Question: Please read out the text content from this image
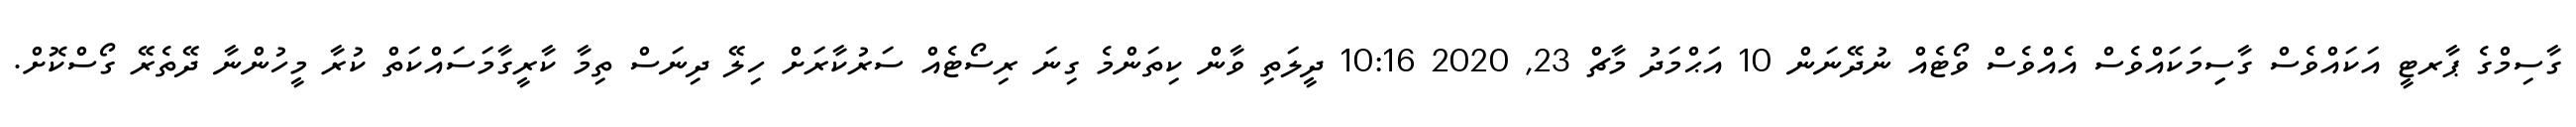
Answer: ގާސިމްގެ ޕާރޓީ އަކައްވެސް ގާސިިމަކައްވެސް އެއްވެސް ވޯޓެއް ނުދޭނަން 10 އަޙްމަދު މާޗް 23, 2020 10:16 ދީލަތި ވާން ކިތަންމެ ގިނަ ރިސޯޓެއް ސަރުކާރަށް ހިލޭ ދިނަސް ތިމާ ކާރީގާމަސައްކަތް ކުރާ މީހުންނާ ދޭތެރޭ ގޯސްކޮށް.